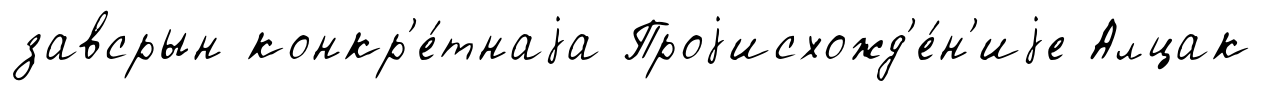
завсрын конкр'е́тнаjа Проjисхожд'е́н'иjе Алцак